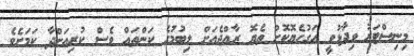
މިނިސްޓަރު ވިދާޅުވީ އަގުހެޔޮކޮށް ތެޔޮ ރާއްޖެއަށް ލިބުމުގެ ކަންތައް ވެސް ކުރިއަށްދާ ކަމަށެވެ